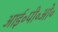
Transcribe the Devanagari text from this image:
आई॰पी॰ओ॰